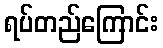
ရပ်တည်ကြောင်း